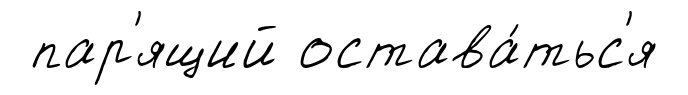
пар'ящий остава́тьс'я